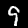
Label: 9